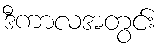
ဒီကာလအတွင်း